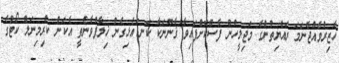
ހާޒިރުވެއްޖެނަމަ ރައްޔިތުންގެ މަޖިލީހުން ފާސްކޮށްފައިވާ ޤާނޫނަކާ ކަނޑައެޅިގެން ޚިލާފުވާނެތީ އެކަން ކްރިމިނަލް ކޯޓުގެ